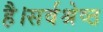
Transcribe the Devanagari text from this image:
है।सर्वश्रेष्ठ